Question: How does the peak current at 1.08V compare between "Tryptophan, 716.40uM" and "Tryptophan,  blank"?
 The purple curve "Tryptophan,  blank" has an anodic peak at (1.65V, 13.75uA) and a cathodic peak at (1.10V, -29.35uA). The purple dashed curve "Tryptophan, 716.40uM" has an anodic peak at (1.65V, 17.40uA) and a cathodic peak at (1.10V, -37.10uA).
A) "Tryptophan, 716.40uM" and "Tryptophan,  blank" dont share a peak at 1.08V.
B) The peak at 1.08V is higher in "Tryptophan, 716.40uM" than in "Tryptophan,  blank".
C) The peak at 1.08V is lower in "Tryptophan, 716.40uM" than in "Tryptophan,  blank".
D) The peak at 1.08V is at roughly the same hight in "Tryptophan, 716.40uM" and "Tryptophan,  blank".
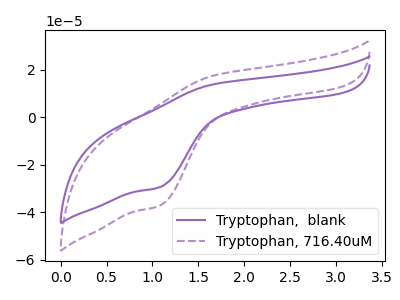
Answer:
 <answer>B) The peak at 1.08V is higher in "Tryptophan, 716.40uM" than in "Tryptophan,  blank".</answer>
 <eval>B</eval>